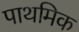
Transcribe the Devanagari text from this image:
पाथमिक